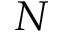
N